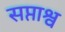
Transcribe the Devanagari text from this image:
सप्ताश्व